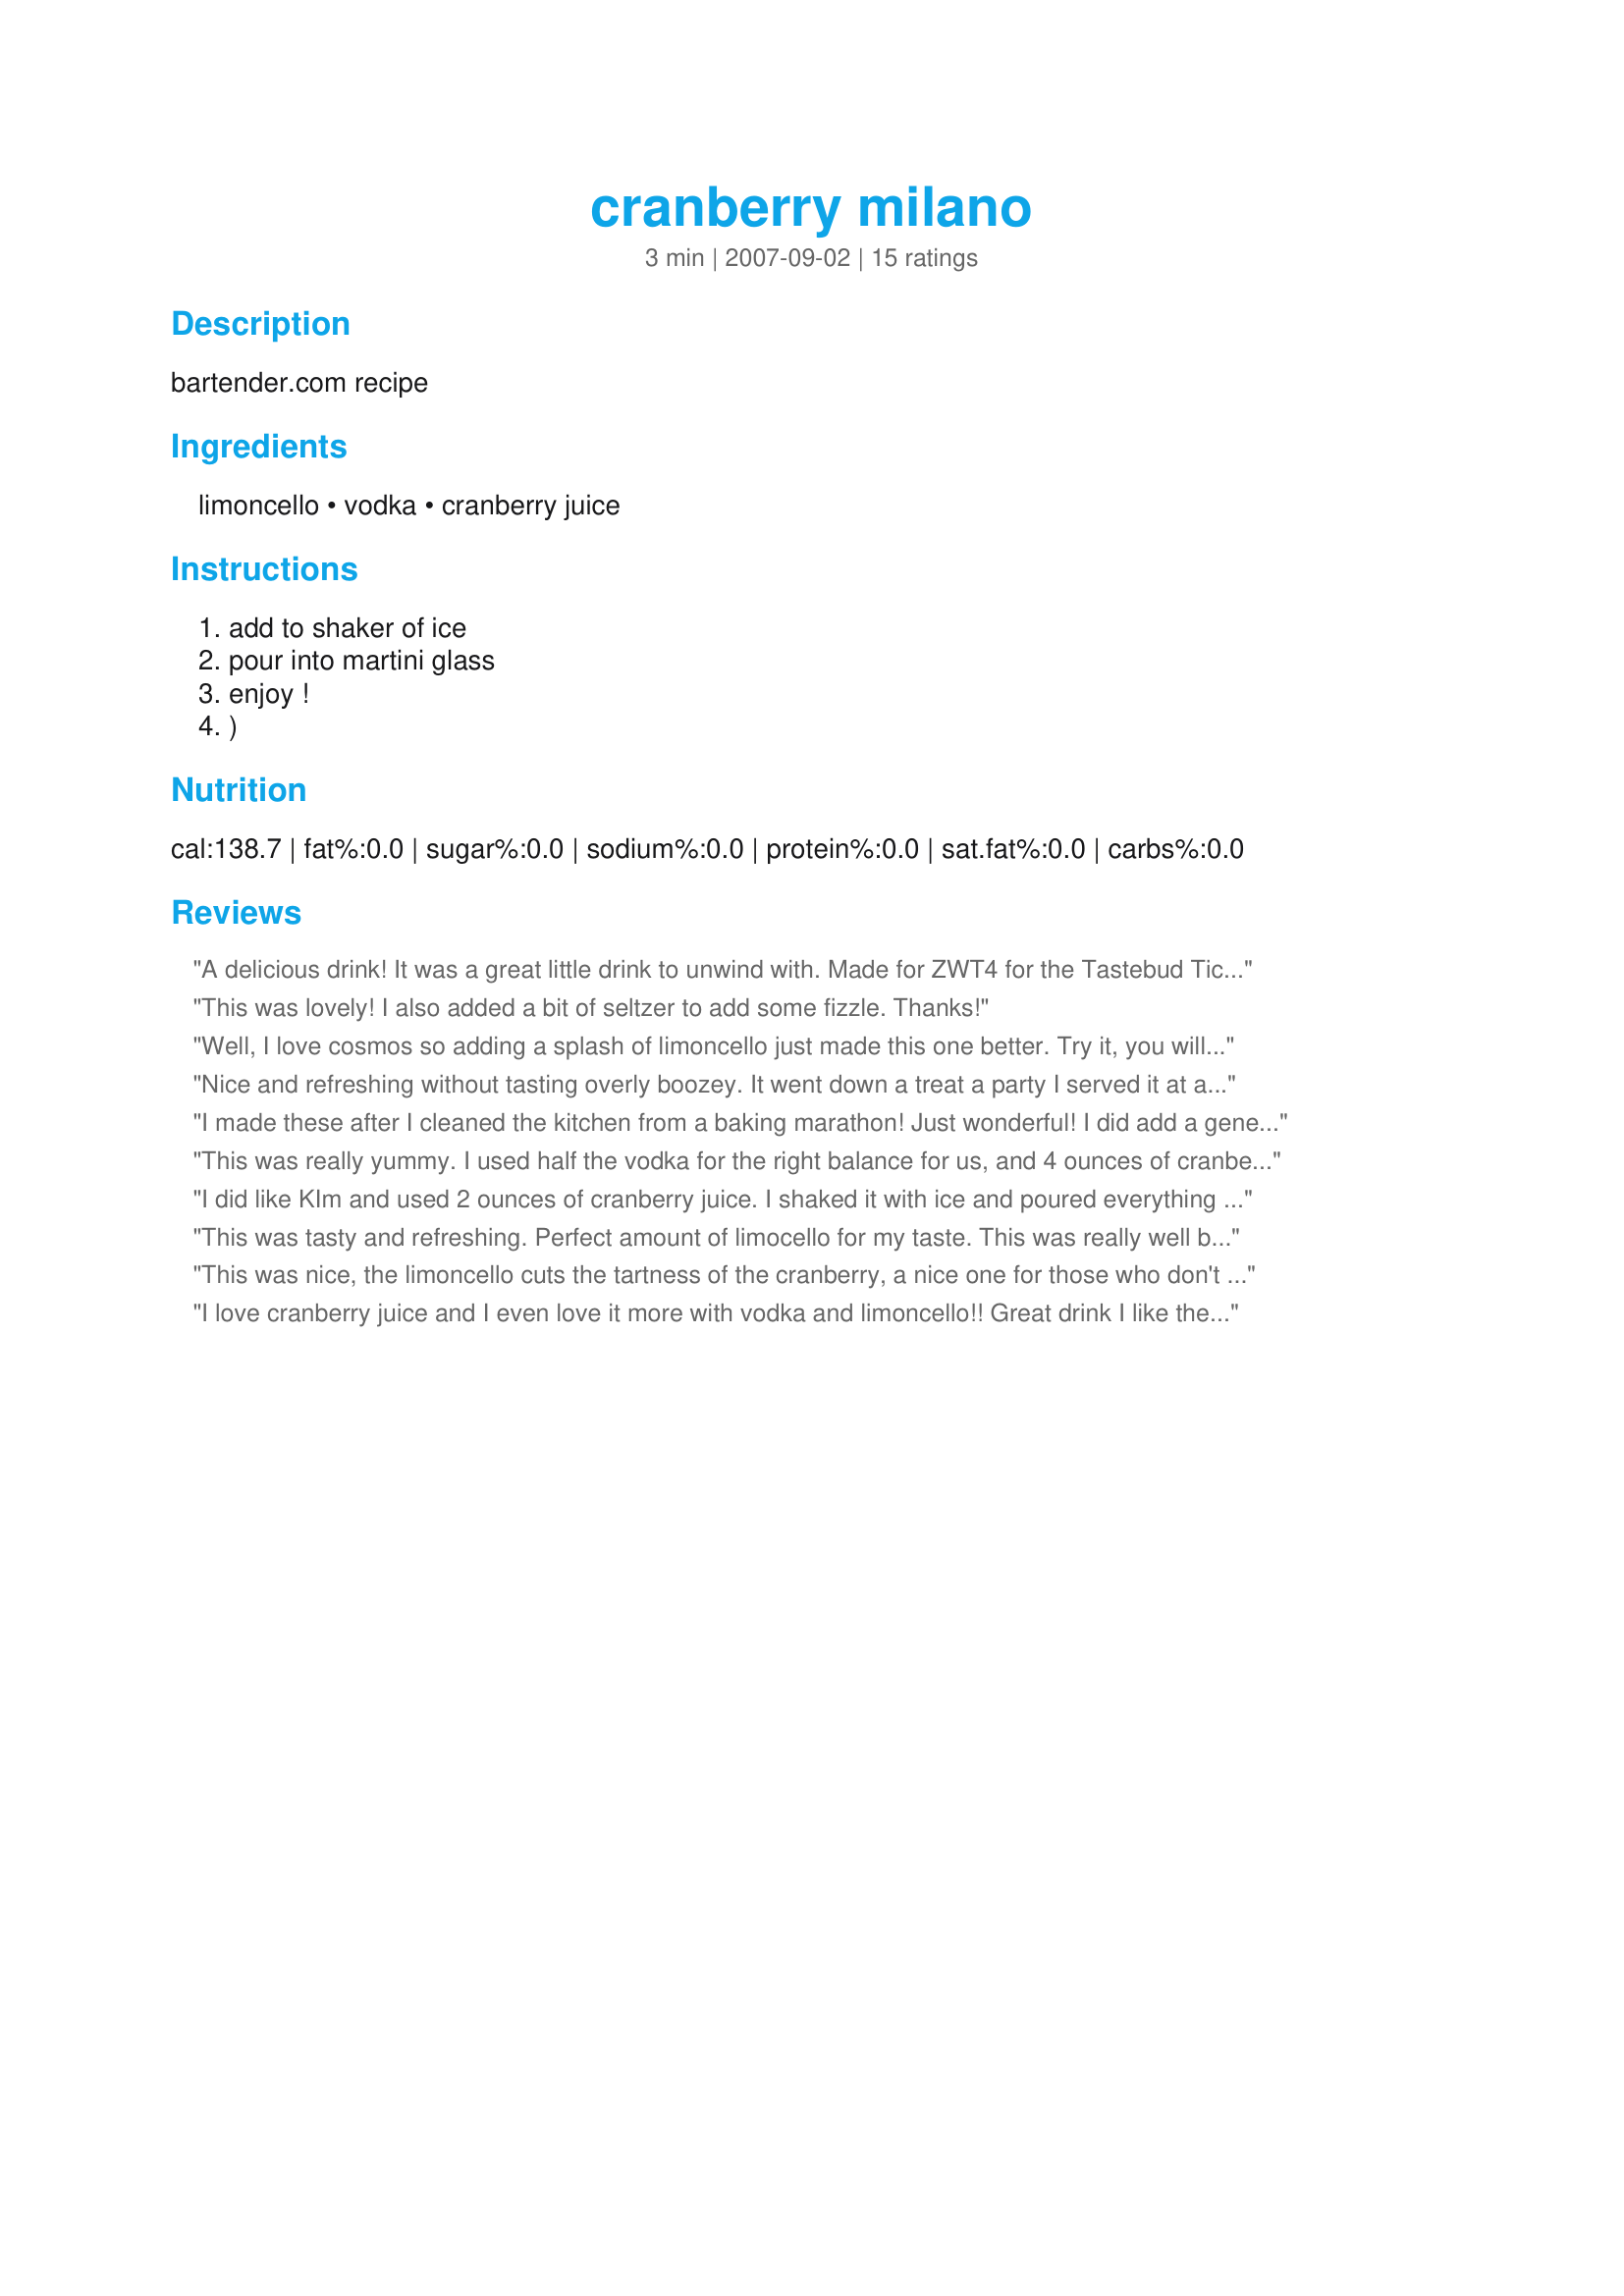
cranberry milano
Preparation time: 3 minutes

bartender.com recipe

Ingredients:
limoncello, vodka, cranberry juice

Steps:
add to shaker of ice
pour into martini glass
enjoy !
)

Reviews:
A delicious drink! It was a great little drink to unwind with. Made for ZWT4 for the Tastebud Tickling Travellers.
This was lovely! I also added a bit of seltzer to add some fizzle. Thanks!
Well, I love cosmos so adding a splash of limoncello just made this one better. Try it, you will like it.
Nice and refreshing without tasting overly boozey. It went down a treat a party I served it at at. Made for ZWT4.
I made these after I cleaned the kitchen from a baking marathon! Just wonderful! I did add a generous squeeze of lime to the blend, and it was just the thing when it came time to relax after my crazy day.
This was really yummy. I used half the vodka for the right balance for us, and 4 ounces of cranberry juice. The limoncello is the star here!
I did like KIm and used 2 ounces of cranberry juice. I shaked it with ice and poured everything in a cocktail glass. It was for DH and he was thirsty. That was perfect. Potent enough and not too sweet (my cranberry juice is unsweetened) Thanks MommyDiva. Made for ZWT4
This was tasty and refreshing. Perfect amount of limocello for my taste. This was really well balanced. For me it's been the best combo of these ingredients. Thanks Mommy Diva!
This was nice, the limoncello cuts the tartness of the cranberry, a nice one for those who don't like their drinks too sweet. Made for ZWT 4.
I love cranberry juice and I even love it more with vodka and limoncello!! Great drink I like the way the lemon accents the cranberries makes it taste fresh! Thanks for sharing this recipe with me *Cheers*
Thought I would treat myself to a third birthday drink. I added some grenadine to this one to make it a bit more sweet. It was too much for me otherwise but I'm a bit of wimp so it is probably just me!!! Will do the trick of getting me to the next drink anyway. LOL. Made for ZWT4.
I love cosmos, and while this once packed a bit too much punch for me an extra bit of cranberry and a squeeze of fresh lime made it perfect. Good way to finish up a bottle of limoncello...!
I always welcome spring with a new bottle of Limoncello. I love it straight from the freezer in a chilled shot glass. I thought there was no other way I would enjoy it. Not any more... I changed my mind. This is so refreshing, bright, and cuts though the sweetness. Perfection!! Thanks Mommy Diva & Happy Spring!
Wimped out a bit and added 2 ounces of cranberry juice. This is one of those drinks whose first sip packs a little punch and then mellows quite nicely. I can attest to that as I am sipping on it as I type. Mommy Diva sure knows how to bartend! Made for the Babes of ZWT4.
Excellent cocktail. I've had cranberry juice with Vodka, but never tried limoncello with it. I loved it. It had a perfect balance and didn't over power. I of course doubled the recipe ;) and had a few. Thanks for sharing another great drink MD.... Cheers ~V
